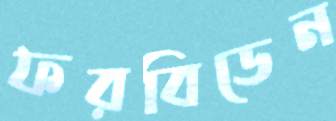
ফরবিডেন